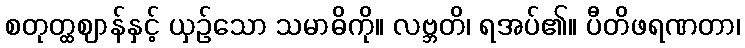
စတုတ္ထဈာန်နှင့် ယှဉ်သော သမာဓိကို။ လဗ္ဘတိ၊ ရအပ်၏။ ပီတိဖရဏတာ၊